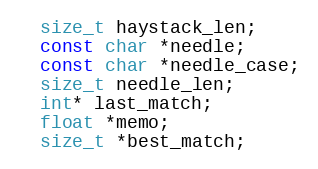
Language: C++
  size_t haystack_len;
  const char *needle;
  const char *needle_case;
  size_t needle_len;
  int* last_match;
  float *memo;
  size_t *best_match;